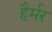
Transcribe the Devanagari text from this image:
हैर्मर